Mental hospitals Bombay report 1929-33 - 1929-1933
Year: 1929
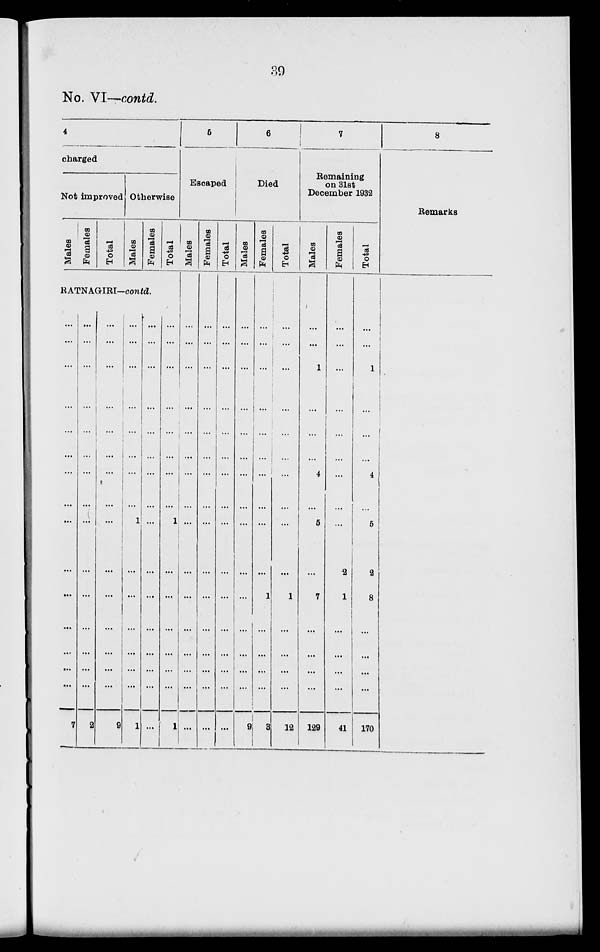
39
No. VI—contd.
4
charged
Not improved
Males
Females
Total
Otherwise
Males
Females
Total
RATNAGIRI—contd.
...
...
...
...
...
...
...
...
...
...
...
...
...
...
7
...
...
...
...
...
...
...
...
...
...
...
...
...
...
...
2
...
...
...
...
...
...
...
...
...
...
...
...
...
...
...
9
...
...
...
...
...
...
...
...
1
...
...
...
...
...
...
1
...
...
...
...
...
...
...
...
...
...
...
...
...
...
...
...
...
...
...
...
...
...
...
...
1
...
...
...
...
...
...
1
5
Escaped
Males
...
...
...
...
...
...
...
...
...
1
...
...
...
...
...
...
Females
...
...
...
...
...
...
...
...
...
...
...
...
...
...
...
...
Total
...
...
...
...
...
...
...
...
...
...
...
...
...
...
...
...
6
Died
Males
...
...
...
...
...
...
...
...
...
...
...
...
...
...
...
9
Females
...
...
...
...
...
...
...
...
...
...
1
...
...
...
...
3
Total
...
...
...
...
...
...
...
...
...
...
1
...
...
...
...
12
7
Remaining
on 31st
December 1932
Males
...
...
1
...
...
...
4
...
5
...
7
...
...
...
...
129
Females
...
...
...
...
...
...
...
...
...
2
1
...
...
...
...
41
Total
...
...
1
...
...
...
4
...
5
2
8
...
...
...
...
170
8
Remarks